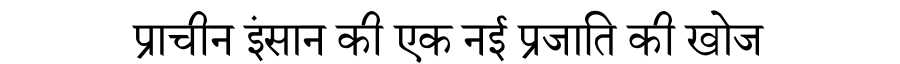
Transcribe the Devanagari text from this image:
प्राचीन इंसान की एक नई प्रजाति की खोज